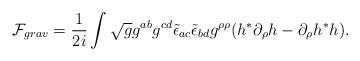
LaTeX: \begin{align*}{\cal F}_{grav}=\frac{1}{2i}\int \sqrt{g}g^{ab} g^{cd}\tilde\epsilon_{ac}\tilde\epsilon_{bd}g^{\rho\rho}(h^*\partial_{\rho}h-\partial_{\rho}h^*h).\end{align*}